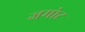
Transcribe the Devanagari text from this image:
जमोट